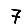
Digit: 7